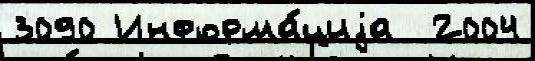
3090 Информа́циjа  2004